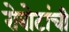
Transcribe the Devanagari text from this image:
रोबोटांची